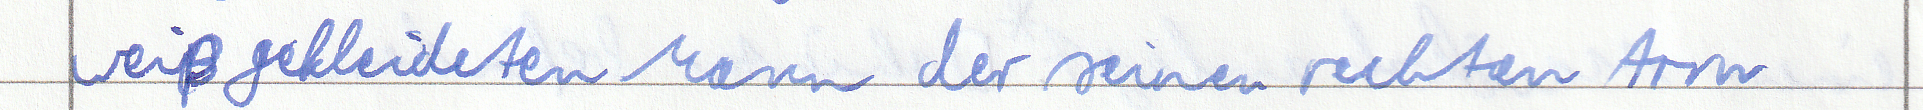
weiß gekleideten Mann der seinen rechten Arm